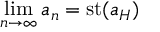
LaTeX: \operatorname* { l i m } _ { n \to \infty } a _ { n } = \operatorname { s t } ( a _ { H } )